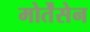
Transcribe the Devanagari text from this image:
मोर्तेंसेन